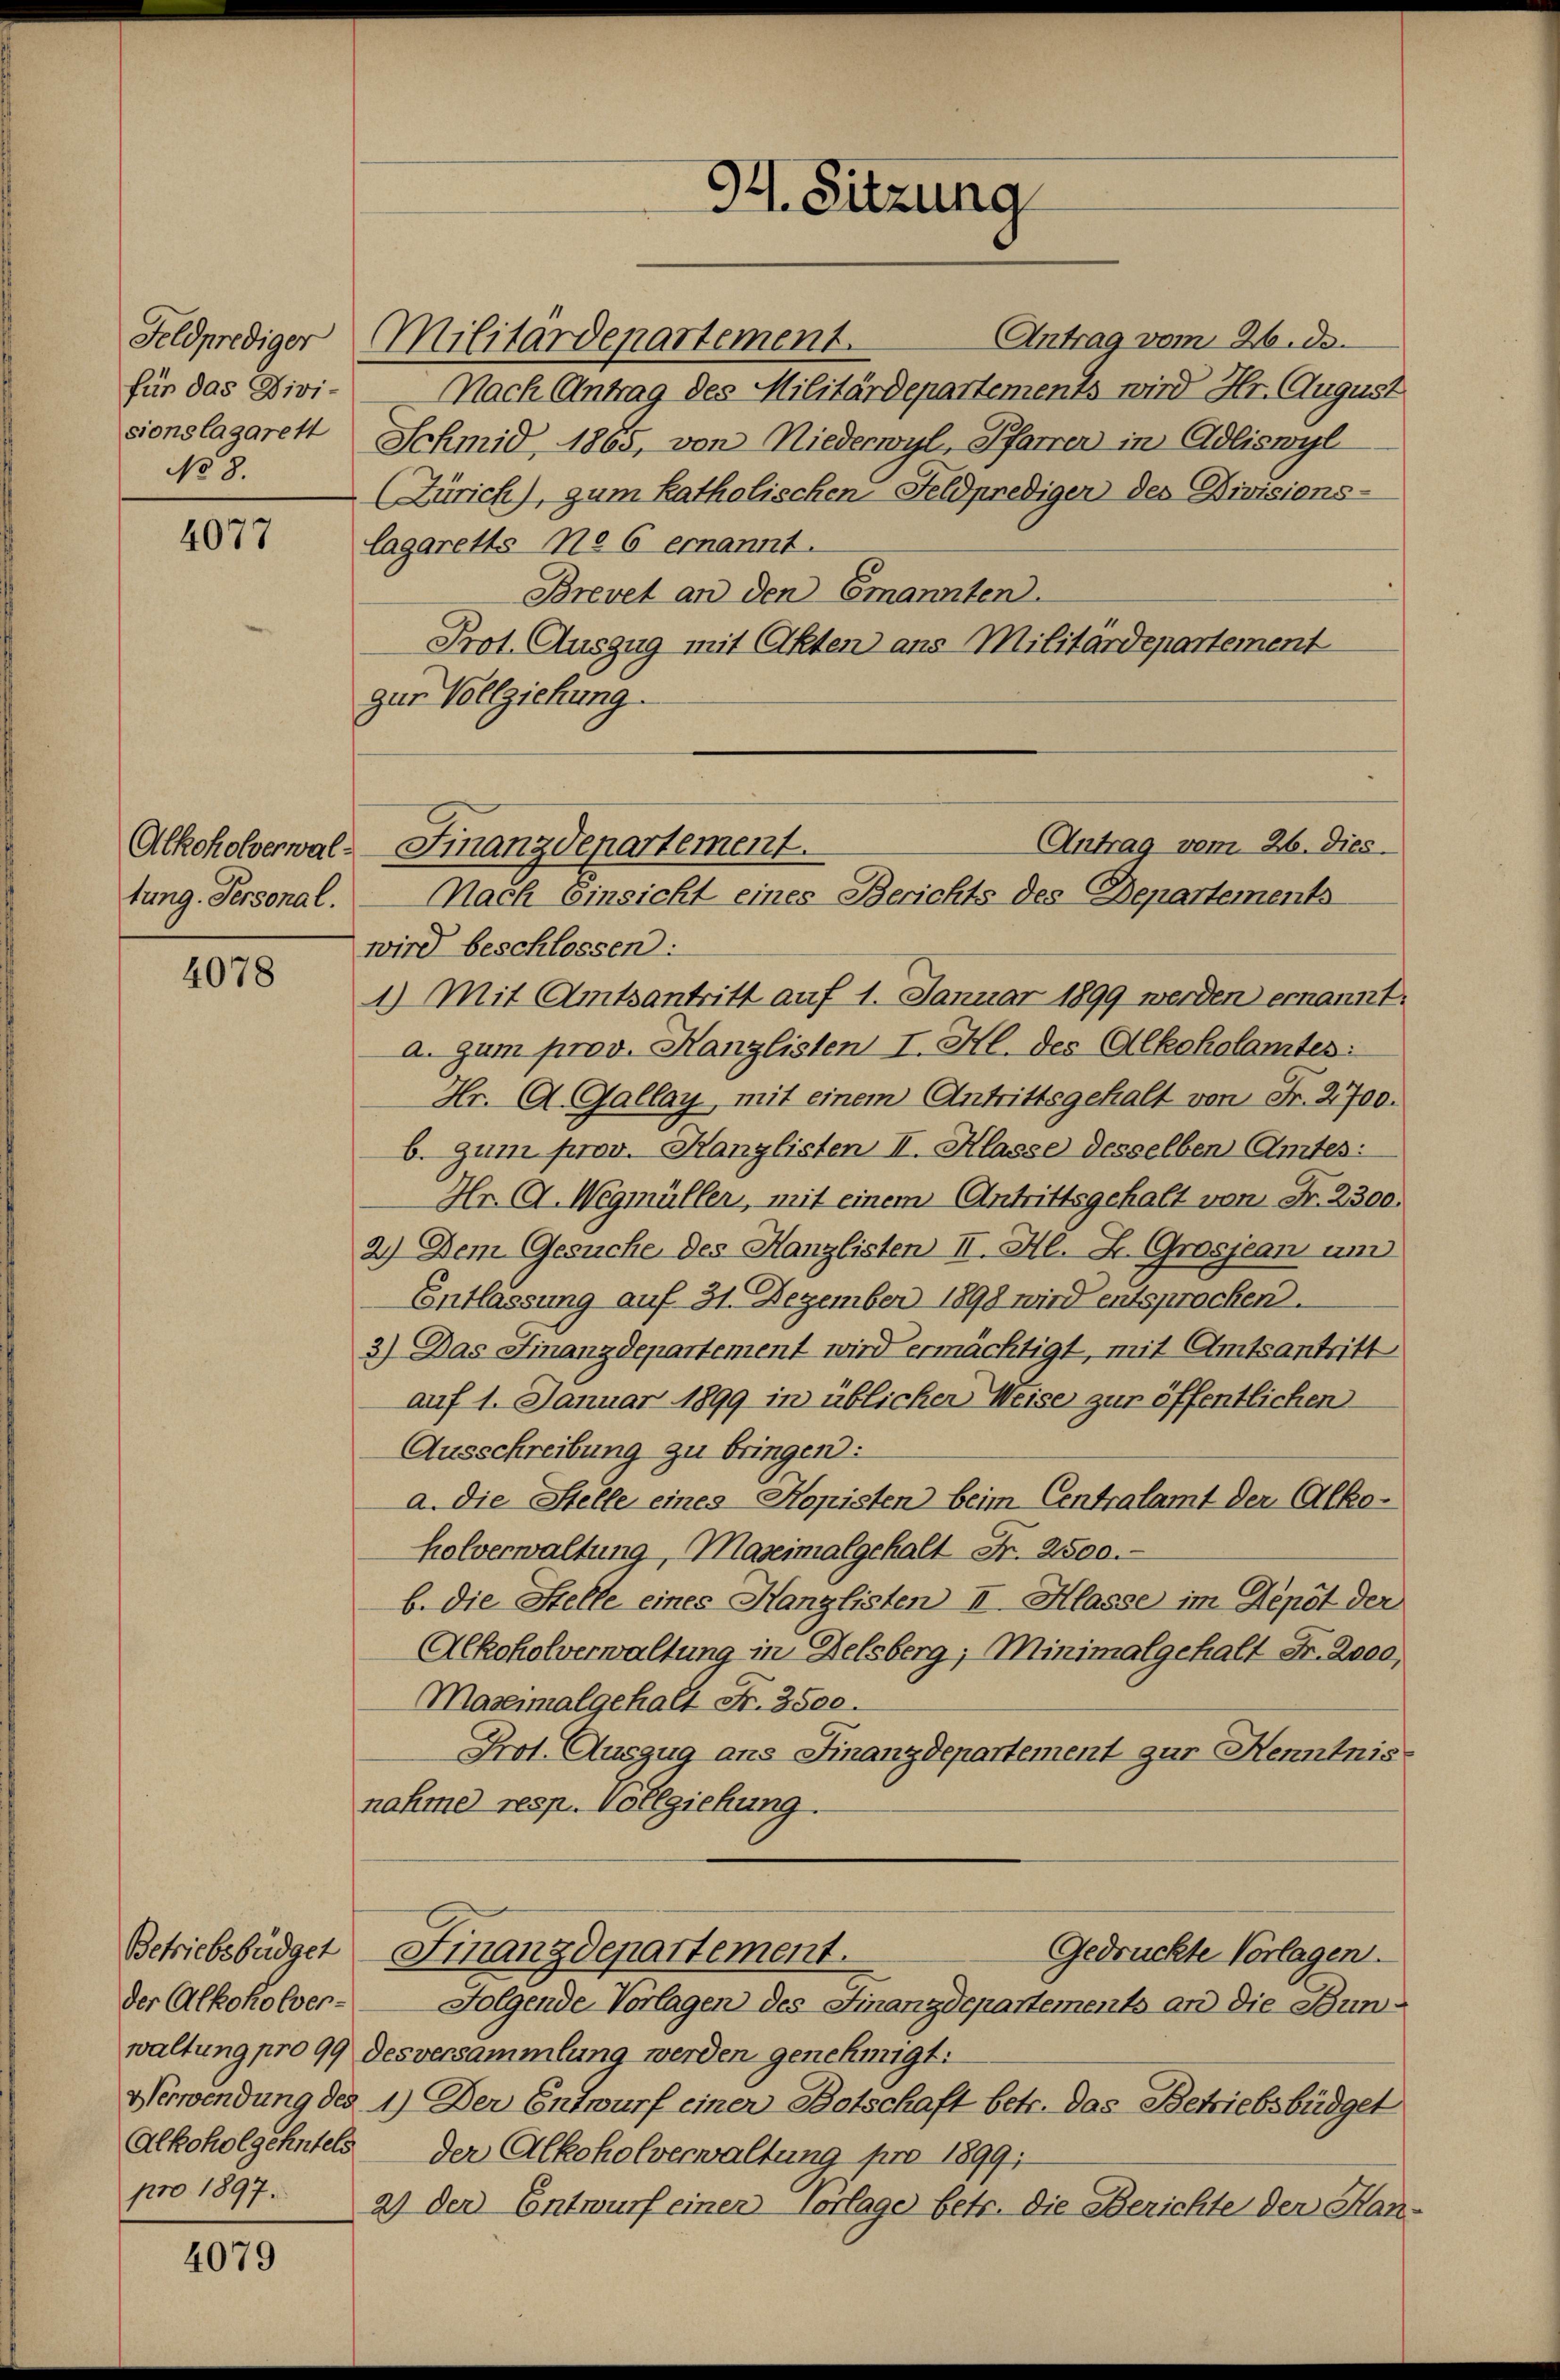
für das Divi-
sionslagarett
No 8.

4077

tung. Personal.

4078

der Alkoholverpro 1897.

4079

.
M. Sitzung

Antrag vom 26. de.
Feldprediger Militärdepartement.
Nach Antrag des Militärdepartements wird Hr. August
Schmid, 1865, von Niederwyl, Pfarrer in Adliswyl
(Zürich), zum katholischen Feldprediger des Divisions-
lagaretts No 6 ernannt.
Brevet an den Emannten.
Prot. Auszug mit Akten ans Militärdepartement
zur Vollziehung.
wird beschlossen:
1) Mit Amtsantritt auf 4. Januar 1899 werden ernannt.
a. gum prov. Kanzlisten I. Hl. des Alkoholamtes:
Hr. A. Gallay mit einem Antrittsgehalt von Fr. 2700.
b. zum prov. Kanzlisten II. Klasse desselben Amtes:
Hr. C. Wegmüller, mit einem Antrittsgehalt von Fr. 2300.
2.) Dem Gesuche des Hanzlisten II. Al. 2. Grosjean um
Entlassung auf 31. Dezember 1898 wird entsprochen.
3) Das Finanzdepartement wird ermächtigt, mit Amtsantritt
auf 1. Januar 1899 in üblicher Weise zur öffentlichen
Ausschreibung zu bringen:
a. die Stelle eines Kopisten beim Centralamt der Alko-
holverwaltung, Maximalgehalt Fr. 2500.-
b. Die Stelle eines Hanglisten II Klasse im Depot der
Alkoholverwaltung in Delsberg, Minimalgehalt Fr. 2ood,
Maseimalgehalt Fr. 3500.
Prot. Auszug ans Finanzdepartement gar Kenntnis.
nahme resp. Vollziehung.
Betriebsbüdget Finanzdepartement.
Gedruckte Vorlagen.
Folgende Vorlagen des Finanzdepartements an die Bunwaltung pro 99 des versammlung werden genehmigt:
Verwendung des 1.) Der Entwurf einer Botschaft betr. das Betriebsbüdget
Alkoholgehntels der Alkoholverwaltung pro 1899;
2) der Entwurf einen Vorlage betr. die Berichte der Han-

Antrag vom 26. dies
Alkoholverwal. Finanzdepartement.
Nach Einsicht eines Berichts des Departements